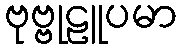
ဗုဗ္ဗုဠူပမာ